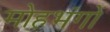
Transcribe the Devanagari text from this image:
मोहभंगों